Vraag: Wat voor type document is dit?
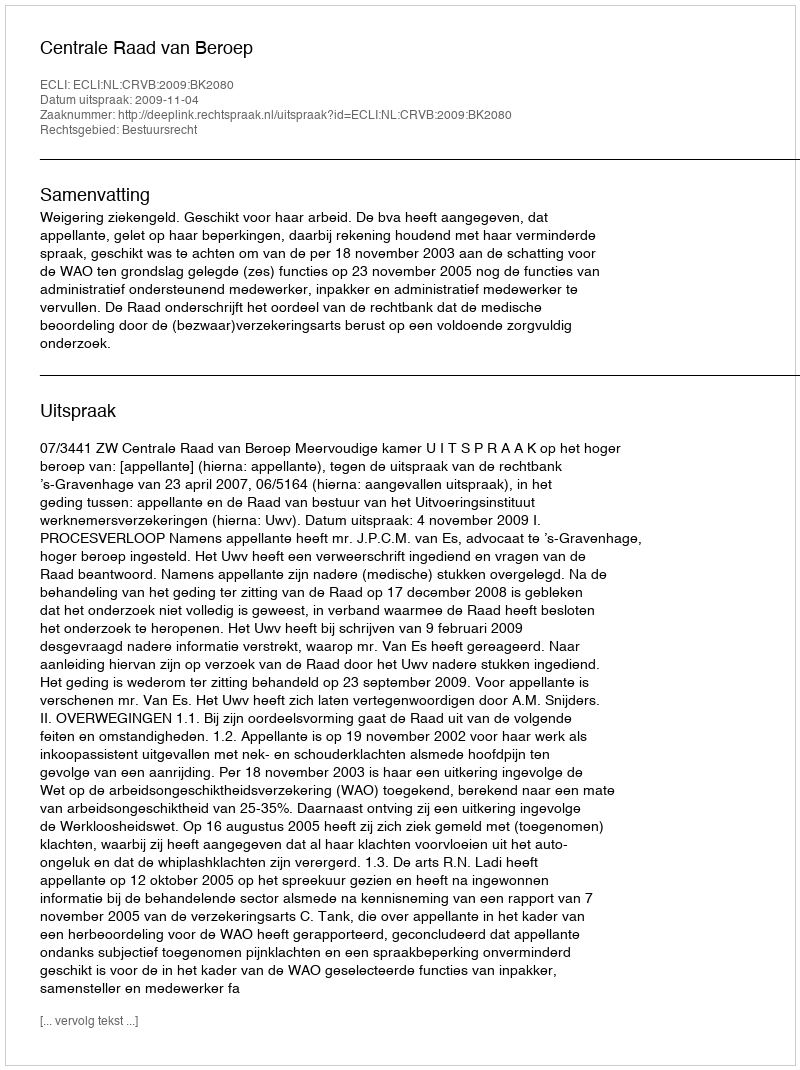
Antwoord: Uitspraak